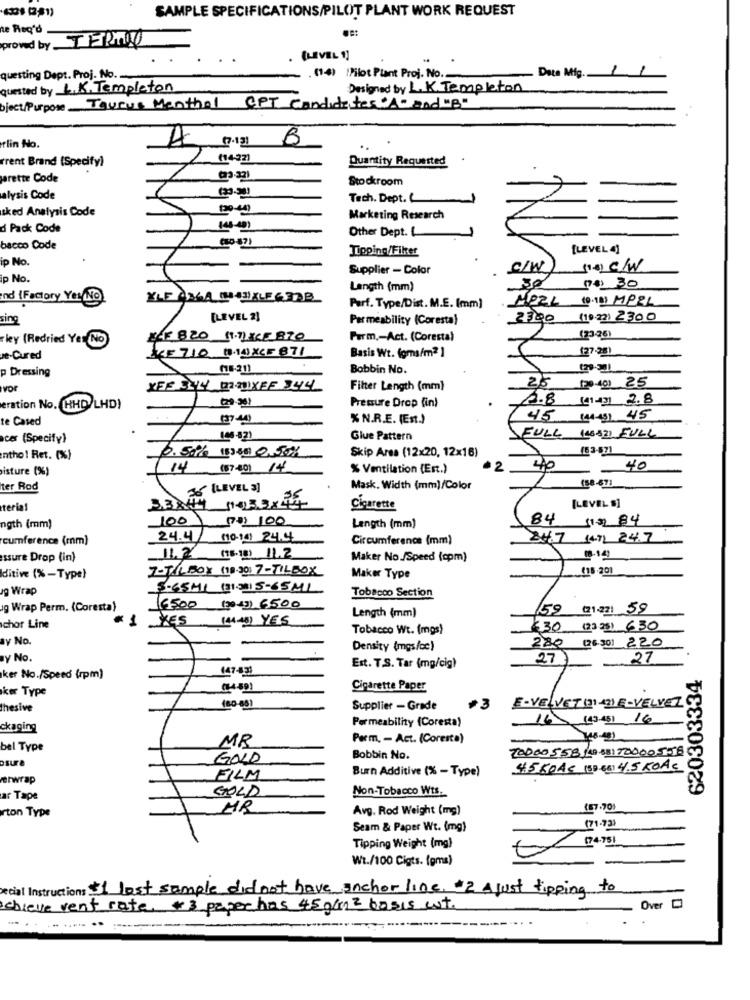
SAMPLE SPECIFICATIONS/PILOT PLANT WORK REQUEST
te Req'd
proved by TERMO
LEVEL 1)
Date Mig.
questing Dept. Proj. No.
.(14) IPilot Plant Proj. No.
quested by L.K. Templeton
Designed by L.K. Templeton
bject/Purpose Tourus Menthal CPT Candidates" and "B"
A
rlin No.
rrent Brand (Specify)
(1422)
Quantity Requested
arette Code
Stockroom
alysis Code
Tech. Dept.
sked Analysis Code
130-40)
Marketing Research
d Pack Code
Other Dept.
bacco Code
Tipping/Filer
[LEVEL 4]
ip No.
Supplier - Color
S/W
ip No.
Length (mm)
30
00) 30
nd {Factory Yes/No)
YLE ANGA TOJIKLEGOB
MEZI (91) MERL
Parf. Type/Dist. M.E. [mm]
sing
[LEVEL 2]
Permeability (Coresta)
2300 (10.22) 2300
ley (Redried Yer No)
EEF 820 11.7) XKE 1870
Parm .- Act. (Coresta)
(23-26)
(27-28)
ve-Cured
KF 7.10 114 XCF 871
Basis Wt. (grs/m2 ]
Dressing
(76-21)
Bobbin No.
25
(20-40) 25
XFF 344 MOIXEF 344
Filter Length (mm)
2.8 (11-4] 2.8
eration No. (HHD/LHD)
79-301
Pressure Drop (in)
te Cased
% N.R.E. (Est.)
45 14149) 45
cer (Specify)
106-821
Glue Pattern
FULL 148821 FULL
Skip Area (12x20, 12x16)
153-671
ntho ! Ret. (%)
0.50% (5)$50 0.50%
isture (%)
(14 (87-40) 14
% Ventilation (Ert.)
2
40
-40
(58-67)
ter Rod
[LEVEL 3]
Mask, Width (mm)/Color
teria!
33844 143.3X44
Cigarette
[LEVELS]
100 (70) 100
84 (13) 84
ngth (mm)
Length (mm)
cumference (mm)
24.4/
(0-14) 24.4
Circumference (mm)
247 14.71 24.7
assure Drop (in)
11.2 (18.10) 11.2
Maker No./Speed (cpm)
(8-14)
7-TILBOX (18.30) 7-TILBOX
(15.201
ditive (%-Type)
Maker Type
og Wrap
5-6541 (31.31) 5-65ML
Tobacco Section
g Wrap Perm. (Coresta)
16500 (2019) 6500
59
21:23) 59
KES (4445) YES
Length (mm)
chor Line
Tobacco Wt. (mos)
330 (2325) 630
ay No.
Density (mgs/cc)
280 (26.30) 220
y No.
27
27
147-43)
Est. T.S. Tar (mg/cig)
620303334
ker No./Speed (rpm)
ker Type
(74-59)
Cigarette Paper
thesive
(80-88)
Supplier - Grade
+3
E-VELVET(1)E-VELVET
Permeability (Coresta)
16 (43-45) 16
ckaging
MR
Perm. - Act. (Coresto)
bel Type
2000055811988170000558
osure
GOLD
Bobbin No.
Burn Additive (% - Type)
4560AC (30.66) 4.5 KOAS
erwrap
FILM
GOLD
Non-Tobacco Wts.
ar Tape
MR
Avg. Rod Weight (mg)
(57.701
rton Type
Seam & Paper Wt. (mg)
(71.930
(74-751
Tipping Weight (mg)
Wt./100 Cigts. (gma)
xcial Instructions $1 lost sample didnot have anchor 110e. 2 A just tipping to
chieve vent rate. +3 paper has 45 g/m2 basis wt.
Over D